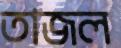
তাজল